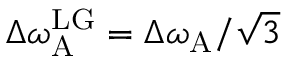
\Delta \omega _ { \mathrm { A } } ^ { \mathrm { L G } } = \Delta \omega _ { \mathrm { A } } / \sqrt { 3 }